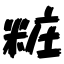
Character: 粧